Civil Veterinary Department. Central Provinces & Berar 1925-31 - 1925-1931
Year: 1925
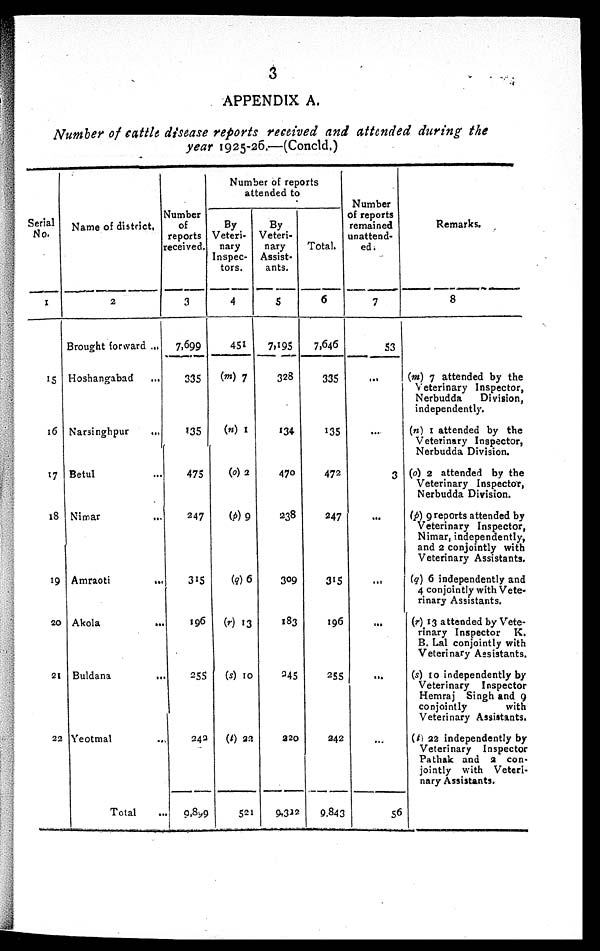
3
APPENDIX A.
Number of tattle disease reports received and attended during the
year 1925-26.—(Concld.)
Serial
No.
1
15
16
17
18
19
20
21
22
Name of district.
2
Brought forward ...
Hoshangabad ...
Narsinghpur
...
Betul ...
Nimar ...
Amraoti
...
Akola
...
Buldana
...
Yeotmal ...
Total ...
Number
of
reports
received.
3
7,699
335
135
475
247
315
196
255
243
9,899
Number of reports
attended to
By
Veteri-
nary
Inspec-
tors.
4
451
(m) 7
(n) 1
(o) 2
(p) 9
(q) 6
(r) 13
(s) 10
(t) 22
521
By
Veteri-
nary
Assist¬
ants.
5
7,195
328
134
470
238
309
183
245
220
9,322
Total.
6
7,646
335
135
472
247
315
196
255
242
9,843
Number
of reports
remained
unattend-
ed.
7
53
...
...
3
...
...
...
...
...
56
Remarks.
8
(m) 7 attended by the
Veterinary Inspector,
Nerbudda
Division,
independently.
(n) 1 attended by the
Veterinary Inspector,
Nerbudda Division.
(o) 2 attended by the
Veterinary Inspector,
Nerbudda Division.
(p) 9 reports attended by
Veterinary Inspector,
Nimar, independently,
and 2 conjointly with
Veterinary Assistants.
(q) 6 independently and
4 conjointly with Vete-
rinary Assistants.
(r) 13 attended by Vete-
rinary Inspector K.
B. Lal conjointly with
Veterinary Assistants.
(s) 10 independently by
Veterinary Inspector
Hemraj Singh and 9
conjointly
with
Veterinary Assistants.
(t) 22 independently by
Veterinary Inspector
Pathak and a con-
jointly with Veteri-
nary Assistants.